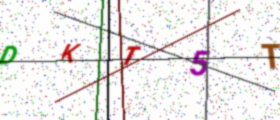
Text: DKT5T